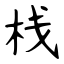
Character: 栈